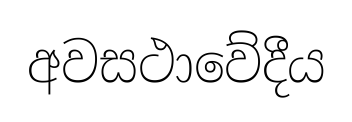
අවසථාවේදීය